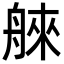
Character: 𦩑